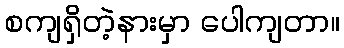
စကျရှိတဲ့နားမှာ ပေါကျတာ။